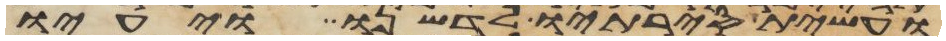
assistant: ועשית סירתיו לדשנו ויעיו